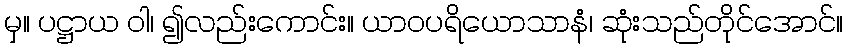
မှ။ ပဋ္ဌာယ ဝါ၊ ၍လည်းကောင်း။ ယာဝပရိယောသာနံ၊ ဆုံးသည်တိုင်အောင်။